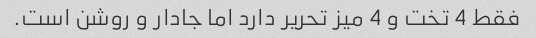
فقط 4 تخت و 4 میز تحریر دارد اما جادار و روشن است.